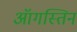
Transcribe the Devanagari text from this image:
ऑगस्तिन